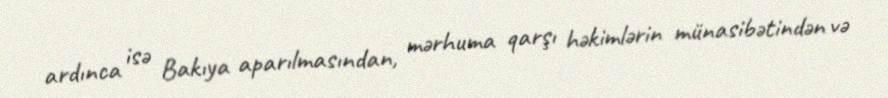
ardınca isə Bakıya aparılmasından, mərhuma qarşı həkimlərin münasibətindən və